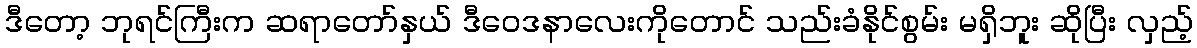
ဒီတော့ ဘုရင်ကြီးက ဆရာတော်နှယ် ဒီဝေဒနာလေးကိုတောင် သည်းခံနိုင်စွမ်း မရှိဘူး ဆိုပြီး လှည့်